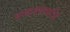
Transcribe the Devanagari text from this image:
सम्यक्समाधि